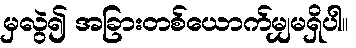
မှလွဲ၍ အခြားတစ်ယောက်မျှမရှိပါ။